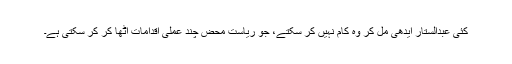
کئی عبدالستار ایدھی مل کر وہ کام نہیں کر سکتے، جو ریاست محض چند عملی اقدامات اٹھا کر کر سکتی ہے۔